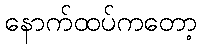
နောက်ထပ်ကတော့